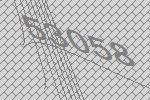
53058